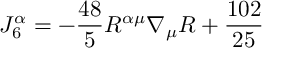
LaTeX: J _ { 6 } ^ { \alpha } = - \frac { 4 8 } { 5 } R ^ { \alpha \mu } \nabla _ { \mu } R + { \frac { 1 0 2 } { 2 5 } }